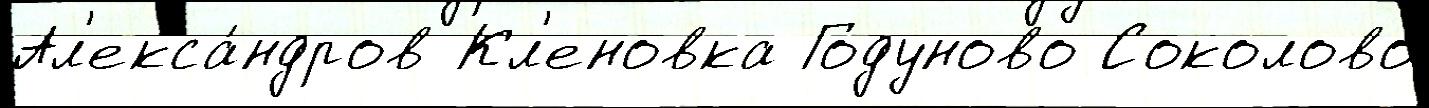
Ал'екса́ндров Кл'еновка Годуново Соколово